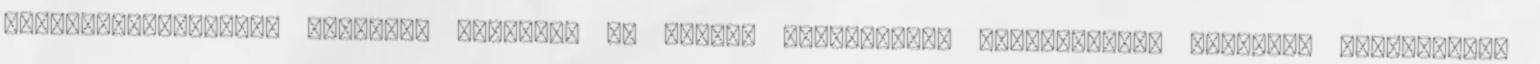
duguláselhárítást, válassza cégünket és profi, szakképzett kollégáinkat Weboldal elnevezése: